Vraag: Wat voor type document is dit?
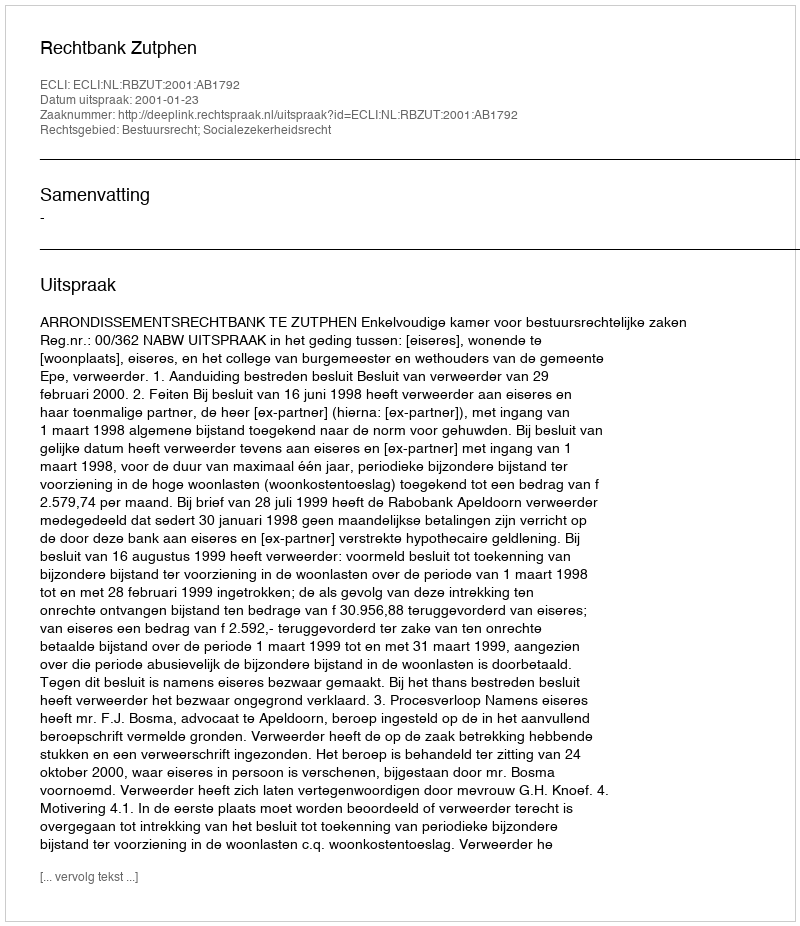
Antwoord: Uitspraak